Ridala_vallavalitsus, lk 9
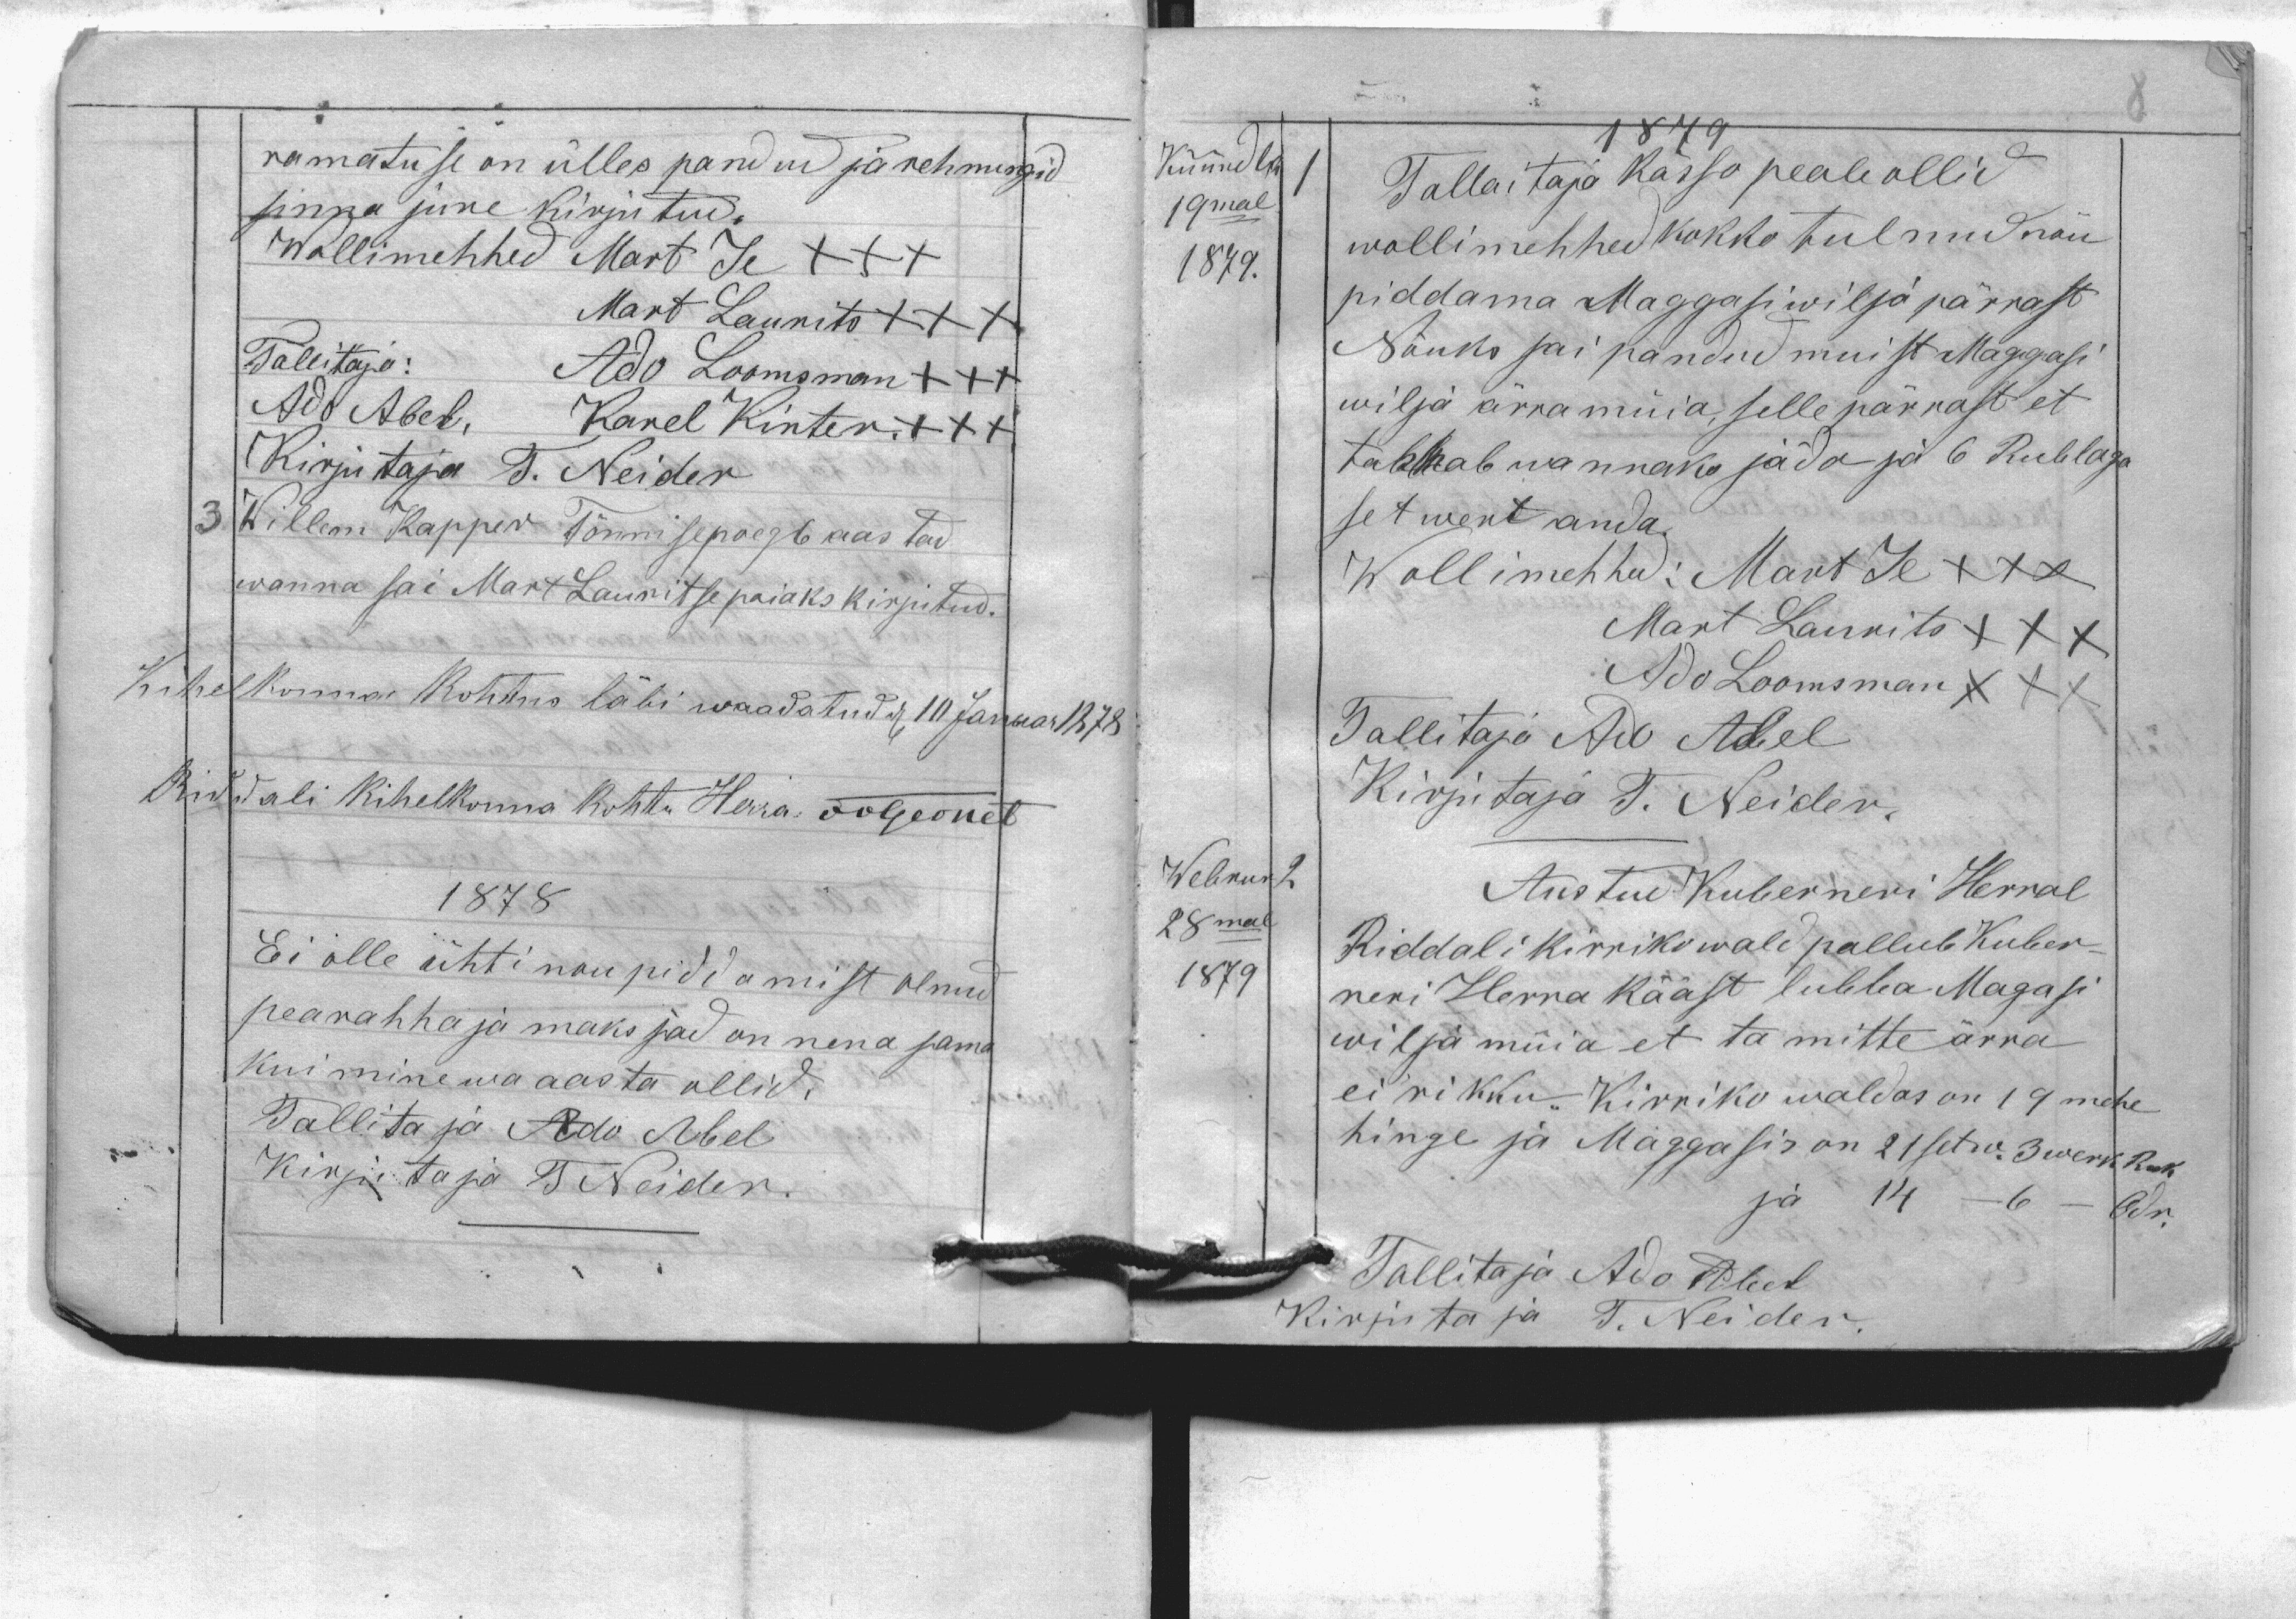
ramatuse on ülles pandud ja rehnungid
sinna jure kirjutud.
Wollimehhed Mart Je +++
Mart Laurits +++
Tallitaja: Ado Loomsman +++
Ado Abel, Karel Kinter +++
Kirjutaja T. Neider
3. Willem Kapper Tõnnise poeg 6 aastad
wanna sai Mart Lauritse poiaks kirjutud.
Kihelkonna kohtus läbi waadatud d. 10 Januar 1878
Riddali kihelkonna kohtu Herra JvGernet
1878
Ei olle ühti nou piddamist olnud
pearahha ja maksjad on nena sama
kui minewa aasta ollid.
Tallitaja Ado Abel
Kirjutaja T. Neider.

Küündlk
19mal
1879.
Webrur
2
28mal
1879
1879
1
Tallaitaja kässo peale ollid
wollimehhed kokko tulnud nõu
piddama Maggasi wilja pärrast
Nõuks sai pandud muist Maggasi
wilja ärra müia selle pärrast et
tahhab wannaks jäda ja 6 Rublaga
setwert anda.
Wollimehhed: Mart Je XXX
Mart Laurits XXX
Ado Loomsman XXX
Tallitaja Ado Abel
Kirjutaja T. Neider.
Austud Kuberneri Herral
Riddali kirrikowald pallub Kuber-
ner Herra kääst lubba Maggasi
wilja müia et ta mitte ärra
ei rikku. Kirriko waldas on 19 mehhe
hinge ja Maggasis on 21 setw. 3 werk. Ruk
ja 14 - 6 - Odr.
Tallitaja Ado Abel
Kirjutaja T. Neider.